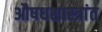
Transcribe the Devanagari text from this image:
औषधशास्त्रांत